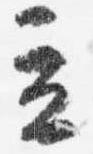
立